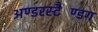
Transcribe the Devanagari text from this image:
अण्डरस्टैण्डिंग